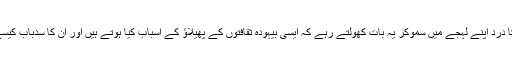
سارے جہاں کا درد اپنے لہجے میں سموکر یہ بات کھولتے رہے کہ ایسی بیہودہ ثقافتوں کے پھیلاؤ کے اسباب کیا ہوتے ہیں اور ان کا سدباب کیسے ہوسکتا ہے۔